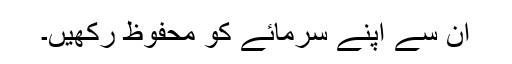
ان سے اپنے سرمائے کو محفوظ رکھیں۔